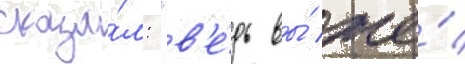
сказа́л: "в'е́дь вы́ же́